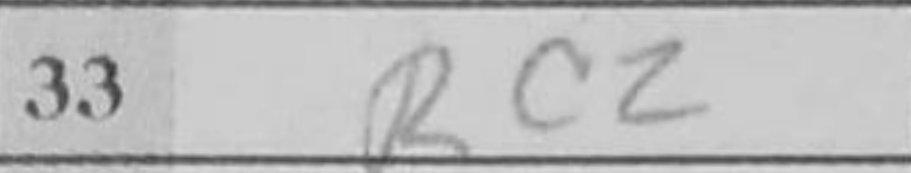
Transcription: Rc2